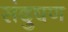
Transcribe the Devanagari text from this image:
संदुषण